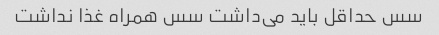
سس حداقل باید می‌داشت سس همراه غذا نداشت